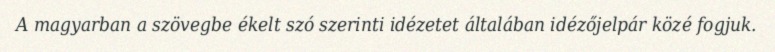
A magyarban a szövegbe ékelt szó szerinti idézetet általában idézőjelpár közé fogjuk.